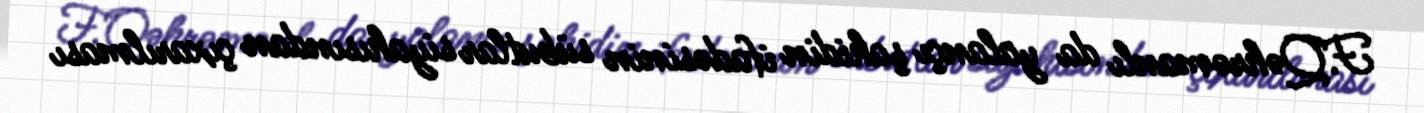
F.Qəhrəmanlı da yalançı şahidin ifadəsinin sübutlar siyahısından çıxarılması